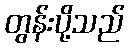
တွန်းပို့သည်